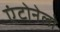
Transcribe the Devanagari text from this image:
एंटोनेलो